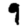
Digit: 9